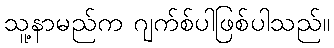
သူ့နာမည်က ဂျက်စ်ပါဖြစ်ပါသည်။